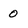
Character: o